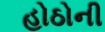
હોઠોની